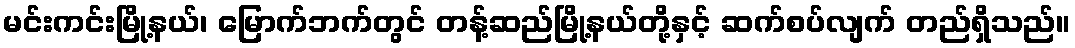
မင်းကင်းမြို့နယ်၊ မြောက်ဘက်တွင် တန့်ဆည်မြို့နယ်တို့နှင့် ဆက်စပ်လျက် တည်ရှိသည်။